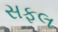
સફલ